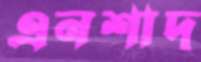
এনশাদ